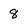
Character: 8